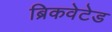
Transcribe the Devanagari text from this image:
ब्रिकवेटेड